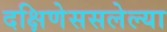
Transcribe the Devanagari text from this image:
दक्षिणेससलेल्या